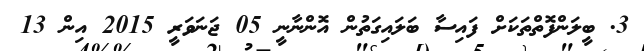
3. ބީލަންފޮތްތަކަށް ފައިސާ ބަލައިގަތުން އޮންނާނީ 05 ޖަނަވަރީ 2015 އިން 13